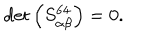
LaTeX: \det \left( S _ { \alpha \beta } ^ { 6 4 } \right) = 0 .